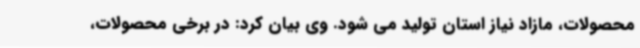
محصولات، مازاد نیاز استان تولید می شود. وی بیان کرد: در برخی محصولات،